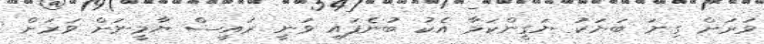
ވަރަށް ގިނަ ބަޔަކު ޔަގީންކަމާ އެކު ބުނެފައި ވަނީ ރައީސް ޔާމީނަށް ވަރަށް